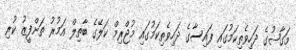
މަގާޟުގެ ދަހިވެތިކަމުގައި ފައިސާގެ ދަހިވެތިކަމުގައި މުޖްރިމް ކަލޭގެ ބާތިލް އަމުރު ތަންފީޒު ކުރި